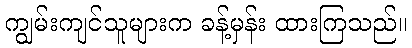
ကျွမ်းကျင်သူများက ခန့်မှန်း ထားကြသည်။